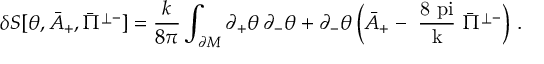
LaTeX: \delta S [ \theta , \bar { A } _ { + } , \bar { \Pi } ^ { \perp - } ] = \frac { k } { 8 \pi } \int _ { \partial \cal M } \partial _ { + } \theta \, \partial _ { - } \theta + \partial _ { - } \theta \left( \bar { A } _ { + } - \mathrm { ~ \frac { 8 \ p i } { k } ~ } \bar { \Pi } ^ { \perp - } \right) \, .